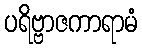
ပရိဗ္ဗာဇကာရာမံ